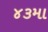
૪૩મા